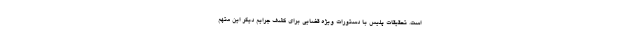
است. تحقیقات پلیس با دستورات ویژه قضایی برای کشف جرایم دیگر این متهم